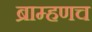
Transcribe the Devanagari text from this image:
ब्राम्हणच